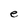
Character: e